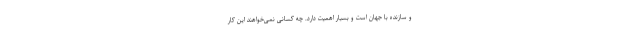
و سازنده با جهان است و بسیار اهمیت دارد. چه کسانی نمی‌خواهند این کار